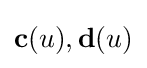
\mathbf {c} (u),\mathbf {d} (u)